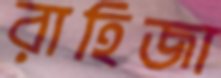
রাহিজা